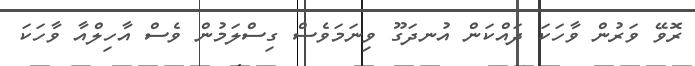
ރޮވޭ ވަރުން ވާހަކަ ދައްކަން އުނދަގޫ ވިނަމަވެސް ގިސްލަމުން ވެސް އާހިލްއާ ވާހަކަ